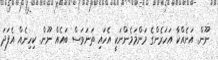
ނޫން. އަނެއްކާ އަހަރެންގެ މަންމަމެންނަކީ އެހައި ތަނަވަސް ބައެއް ނޫން. ކިހިނެއް އެފަދަ